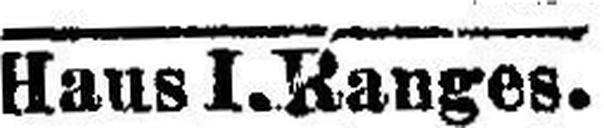
Haus I. Ranges.